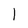
Character: 1